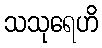
သသုရေဟိ